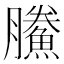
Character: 鰧